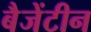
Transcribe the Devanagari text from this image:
बैजेंटीन